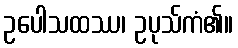
ဥပေါသထဿ၊ ဥပုသ်ကံ၏။